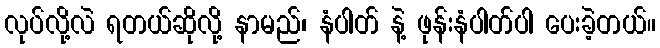
လုပ်လို့လဲ ရတယ်ဆိုလို့ နာမည်၊ နံပါတ် နဲ့ ဖုန်းနံပါတ်ပါ ပေးခဲ့တယ်။